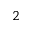
^ 2